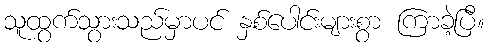
သူထွက်သွားသည်မှာပင် နှစ်ပေါင်းများစွာ ကြာခဲ့ပြီ။